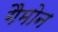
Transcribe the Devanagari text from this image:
गैमोन